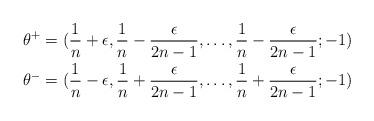
LaTeX: \begin{align*}\theta^+ &= (\frac{1}{n}+\epsilon,\frac{1}{n}-\frac{\epsilon}{2n-1},\ldots,\frac{1}{n}-\frac{\epsilon}{2n-1};-1) \\\theta^- &= (\frac{1}{n}-\epsilon,\frac{1}{n}+\frac{\epsilon}{2n-1},\ldots,\frac{1}{n}+\frac{\epsilon}{2n-1};-1)\end{align*}